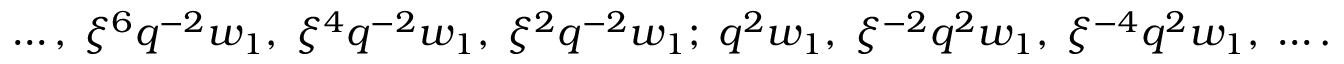
\ldots , \; \xi ^ { 6 } q ^ { - 2 } w _ { 1 } , \; \xi ^ { 4 } q ^ { - 2 } w _ { 1 } , \; \xi ^ { 2 } q ^ { - 2 } w _ { 1 } ; \; q ^ { 2 } w _ { 1 } , \; \xi ^ { - 2 } q ^ { 2 } w _ { 1 } , \; \xi ^ { - 4 } q ^ { 2 } w _ { 1 } , \; \ldots .